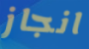
انجاز